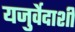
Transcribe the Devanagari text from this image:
यजुर्वेदाशी